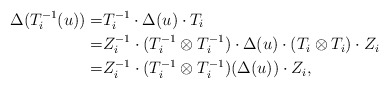
\begin{align*}\Delta(T_i^{-1}(u))=&T_i^{-1}\cdot\Delta(u)\cdot T_i\\=&Z_i^{-1}\cdot(T_i^{-1}\otimes T_i^{-1})\cdot\Delta(u)\cdot(T_i\otimes T_i)\cdot Z_i\\=&Z_i^{-1}\cdot(T_i^{-1}\otimes T_i^{-1})(\Delta(u))\cdot Z_i,\end{align*}